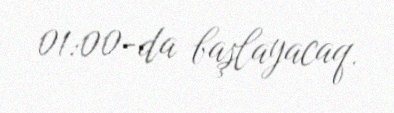
01:00-da başlayacaq.